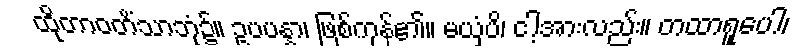
ထိုတာဝတိံသာဘုံ၌။ ဥပပန္နာ၊ ဖြစ်ကုန်၏။ မယှံပိ၊ ငါ့အားလည်း။ တထာရူပေါ၊